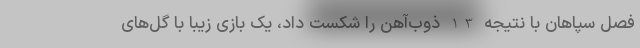
فصل سپاهان با نتیجه 3-1 ذوب‌آهن را شکست داد، یک بازی زیبا با گل‌های